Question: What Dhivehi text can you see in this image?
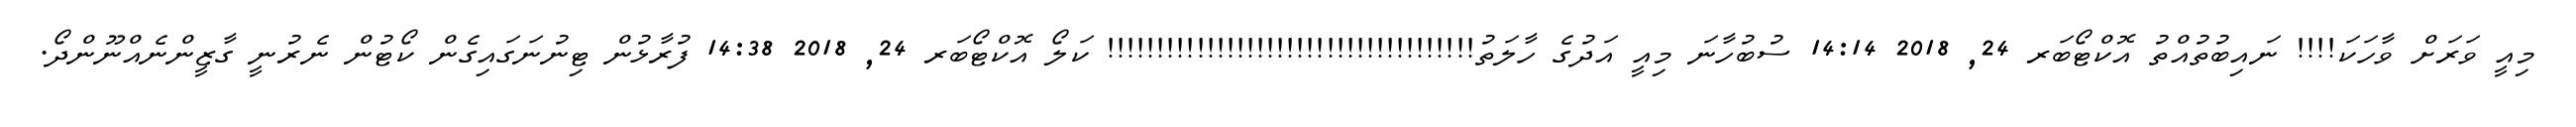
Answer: މިއީ ވަރަށް ވާހަކަ!!!! ނައިބުތުއްތު އޮކްޓޯބަރ 24, 2018 14:14 ސުބުހާނަ މިއީ އަދުގެ ހާލަތު!!!!!!!!!!!!!!!!!!!!!!!!!!!!!!!!!!!!! ކަލޯ އޮކްޓޯބަރ 24, 2018 14:38 ފުރާޅުން ޓިނުނަގައިގެން ކޯޓުން ނެރުނީ ގާޒީންނެއްނޫންދޯ.